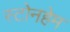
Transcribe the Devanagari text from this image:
स्टोनहेम